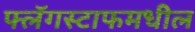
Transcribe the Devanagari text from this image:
फ्लॅगस्टाफमधील